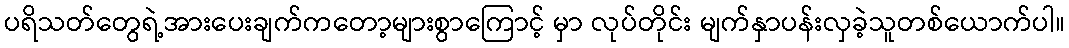
ပရိသတ်တွေရဲ့အားပေးချက်ကတော့များစွာကြောင့် မှာ လုပ်တိုင်း မျက်နှာပန်းလှခဲ့သူတစ်ယောက်ပါ။